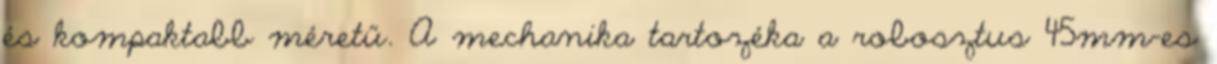
és kompaktabb méretű. A mechanika tartozéka a robosztus 45mm-es